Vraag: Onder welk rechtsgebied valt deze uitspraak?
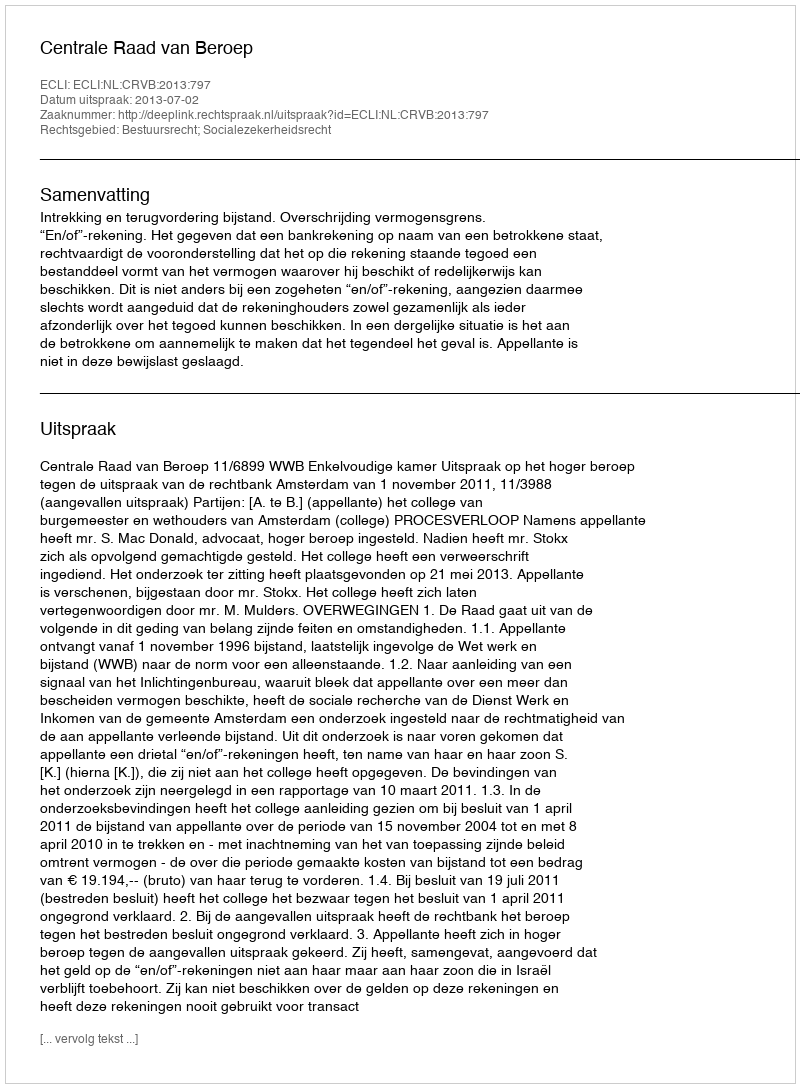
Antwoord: Bestuursrecht; Socialezekerheidsrecht